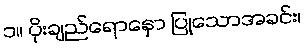
၁။ ပိုးချည်ရောနှော ပြုသောအခင်း၊